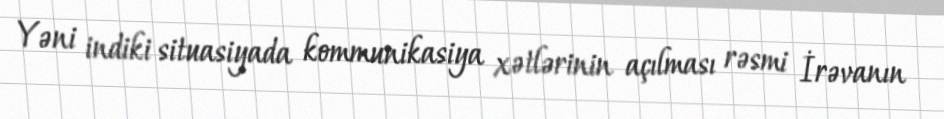
Yəni indiki situasiyada kommunikasiya xətlərinin açılması rəsmi İrəvanın